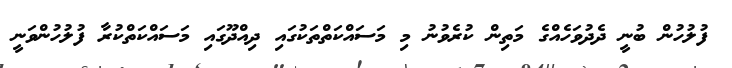
ފުލުހުން ބުނީ ދެދުވަހެއްގެ މަތިން ކުރެވުނު މި މަސައްކަތްތަކުގައި ދިއްދޫގައި މަސައްކަތްކުރާ ފުލުހުންވަނީ